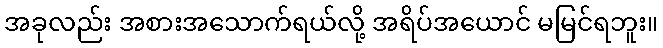
အခုလည်း အစားအသောက်ရယ်လို့ အရိပ်အယောင် မမြင်ရဘူး။